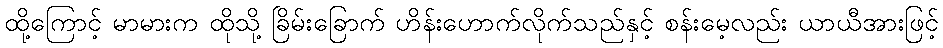
ထို့ကြောင့် မာမားက ထိုသို့ ခြိမ်းခြောက် ဟိန်းဟောက်လိုက်သည်နှင့် စန်းမေ့လည်း ယာယီအားဖြင့်